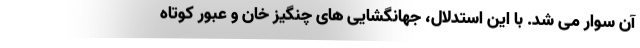
آن سوار می شد. با این استدلال، جهانگشایی های چنگیز خان و عبور کوتاه